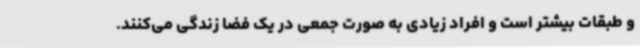
و طبقات بیشتر است و افراد زیادی به صورت جمعی در یک فضا زندگی می‌کنند.